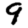
Digit: 9